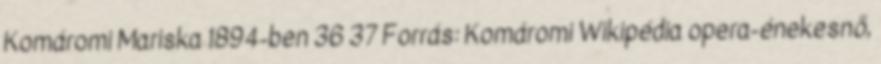
Komáromi Mariska 1894-ben 36 37 Forrás: Komáromi Wikipédia opera-énekesnő,